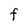
Character: F